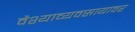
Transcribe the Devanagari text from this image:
वैश्याव्यवसायावर